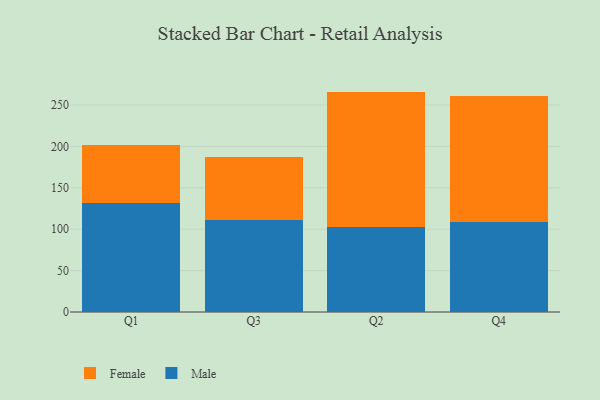
{"axis": {"x": "Quarter", "y": "Waste Production (Tons)"}, "legend": ["Female", "Male"], "data": [{"x": "Q1", "y": 132.0, "type": "Male"}, {"x": "Q1", "y": 70.0, "type": "Female"}, {"x": "Q3", "y": 110.6, "type": "Male"}, {"x": "Q3", "y": 76.3, "type": "Female"}, {"x": "Q2", "y": 103.0, "type": "Male"}, {"x": "Q2", "y": 163.2, "type": "Female"}, {"x": "Q4", "y": 108.6, "type": "Male"}, {"x": "Q4", "y": 152.1, "type": "Female"}]}